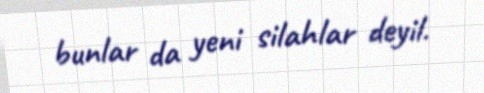
bunlar da yeni silahlar deyil.